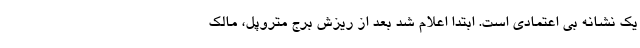
یک نشانه بی اعتمادی است. ابتدا اعلام شد بعد از ریزش برج متروپل، مالک